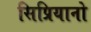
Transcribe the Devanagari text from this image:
सिप्रियानो